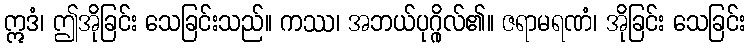
ဣဒံ၊ ဤအိုခြင်း သေခြင်းသည်။ ကဿ၊ အဘယ်ပုဂ္ဂိုလ်၏။ ဇရာမရဏံ၊ အိုခြင်း သေခြင်း